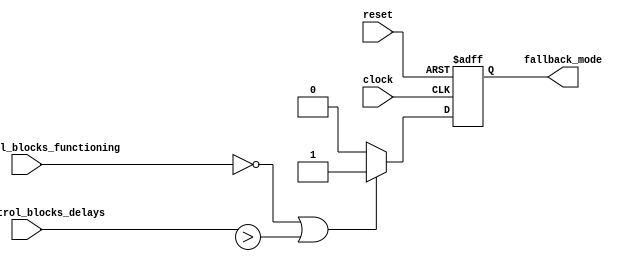
module fallback_bypass_register (
    input wire clock,
    input wire reset,
    input wire main_control_blocks_functioning,
    input wire main_control_blocks_delays,
    output reg fallback_mode
);

always @ (posedge clock or posedge reset)
begin
    if (reset) begin
        fallback_mode <= 0;
    end else begin
        if (!main_control_blocks_functioning || (main_control_blocks_delays > threshold)) begin
            fallback_mode <= 1;
        end else begin
            fallback_mode <= 0;
        end
    end
end

endmodule